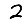
Digit: 2